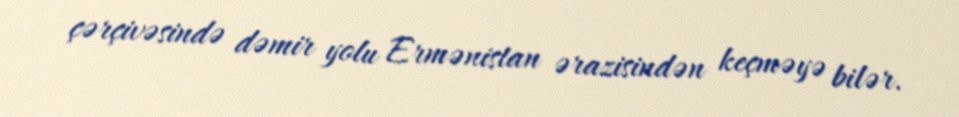
çərçivəsində dəmir yolu Ermənistan ərazisindən keçməyə bilər.